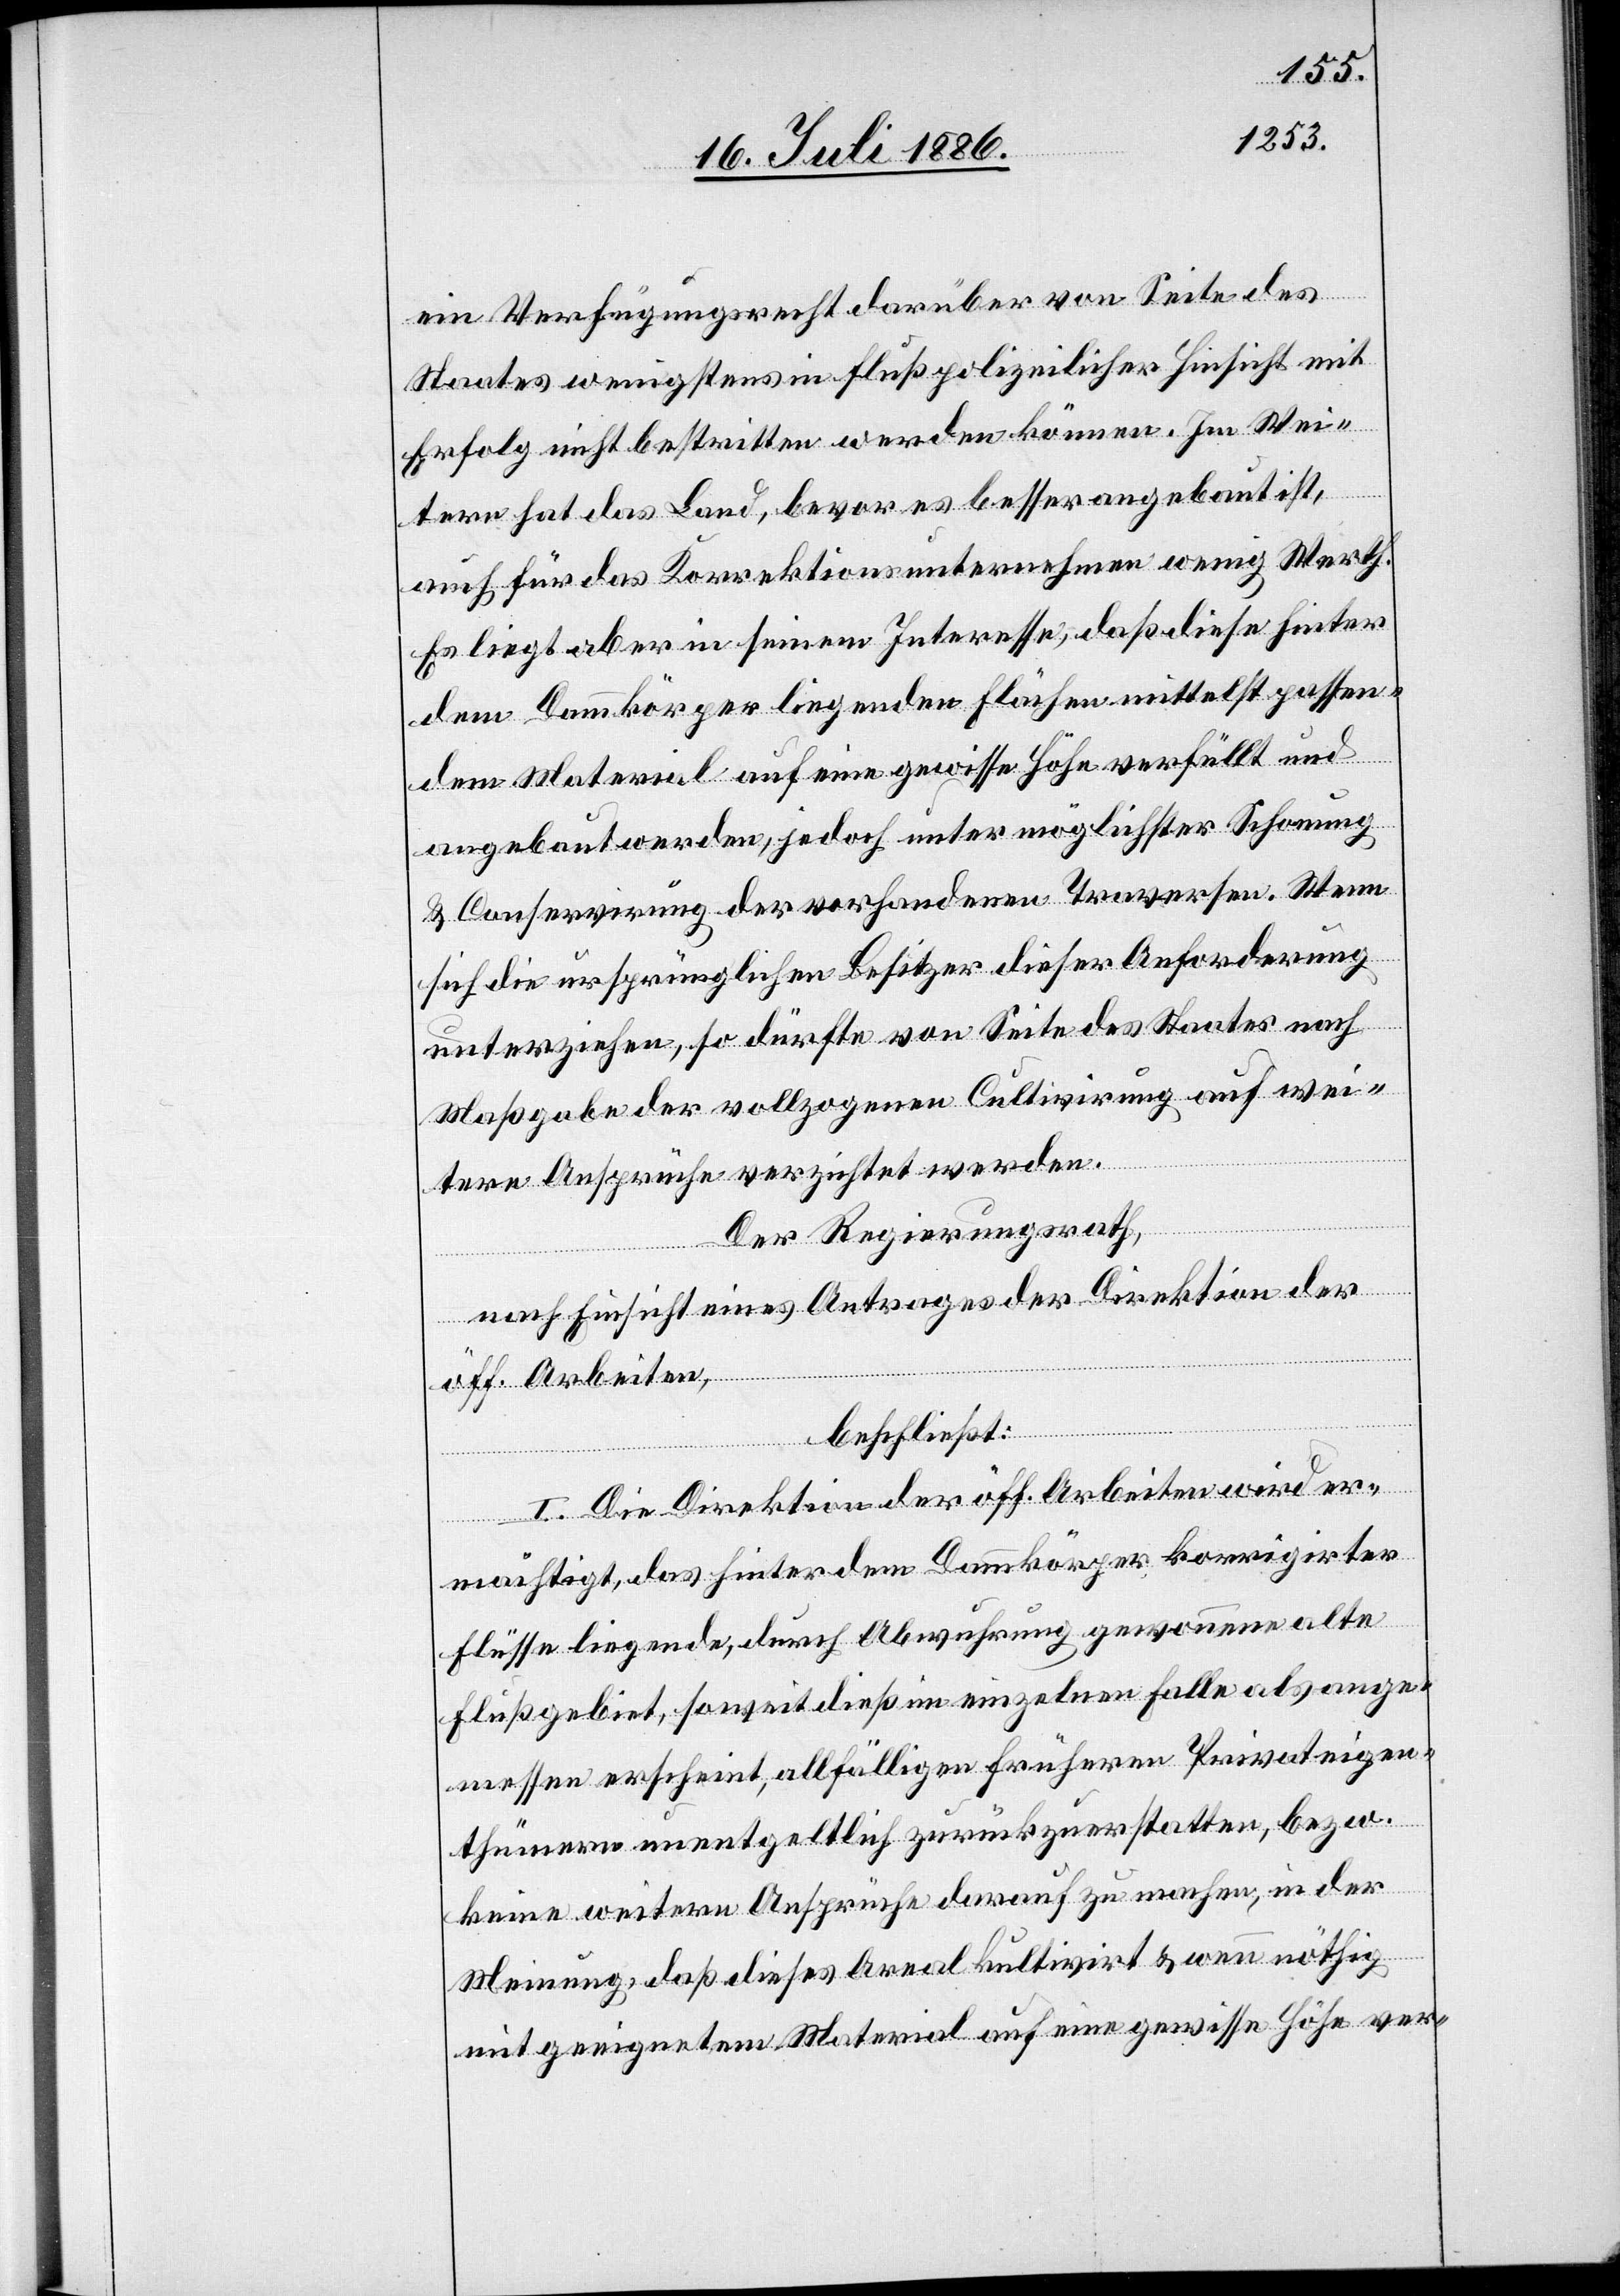
ein Verfügungsrecht darüber von Seite des
Staates wenigstens in flußpolizeilicher Hinsicht mit
Erfolg nicht bestritten werden können. Im Wei¬
tern hat das Land, bevor es besser angebaut ist,
auch für das Korrektionsunternehmen wenig Werth.
Es liegt aber in seinem Interesse, daß diese hinter
dem Dammkörper liegenden Flächen mittelst passen¬
dem Material auf eine gewisse Höhe verfüllt und
angebaut werden, jedoch unter möglichster Schonung
& Conservirung der vorhandenen Traversen. Wenn
sich die ursprünglichen Besitzer dieser Anforderung
unterziehen, so dürfte von Seite des Staates nach
Maßgabe der vollzogenen Cultivirung auf wei¬
tere Ansprüche verzichtet werden.
Der Regierungsrath,
nach Einsicht eines Antrages der Direktion der
öff. Arbeiten,
beschließt:
I. Die Direktion der öff. Arbeiten wird er¬
mächtigt, das hinter dem Dammkörper korrigierter
Flüsse liegende, durch Abwuhrung gewonnene alte
Flußgebiet, soweit dieß im einzelnen Falle als ange¬
messen erscheint, allfälligen früheren Privateigen¬
thümern unentgeltlich zurückzuerstatten, bezw.
keine weitern Ansprüche darauf zu machen, in der
Meinung, daß dieses Areal kultivirt & wenn nöthig
mit geeignetem Material auf eine gewisse Höhe ver-